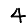
Digit: 4